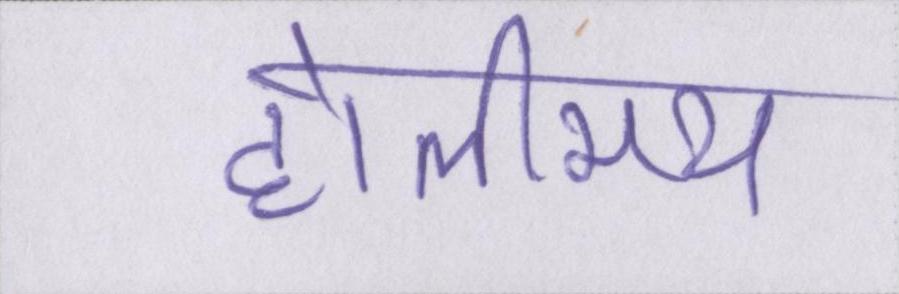
होलीमय